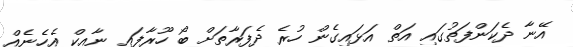
އޭނާ ދެކަންފަތުގައި އަތް އަޅައިގެން ހުރެ ދެފަރާތަށް ބޯ ހޫރާފައި ނާއިކް އެހެނެއް